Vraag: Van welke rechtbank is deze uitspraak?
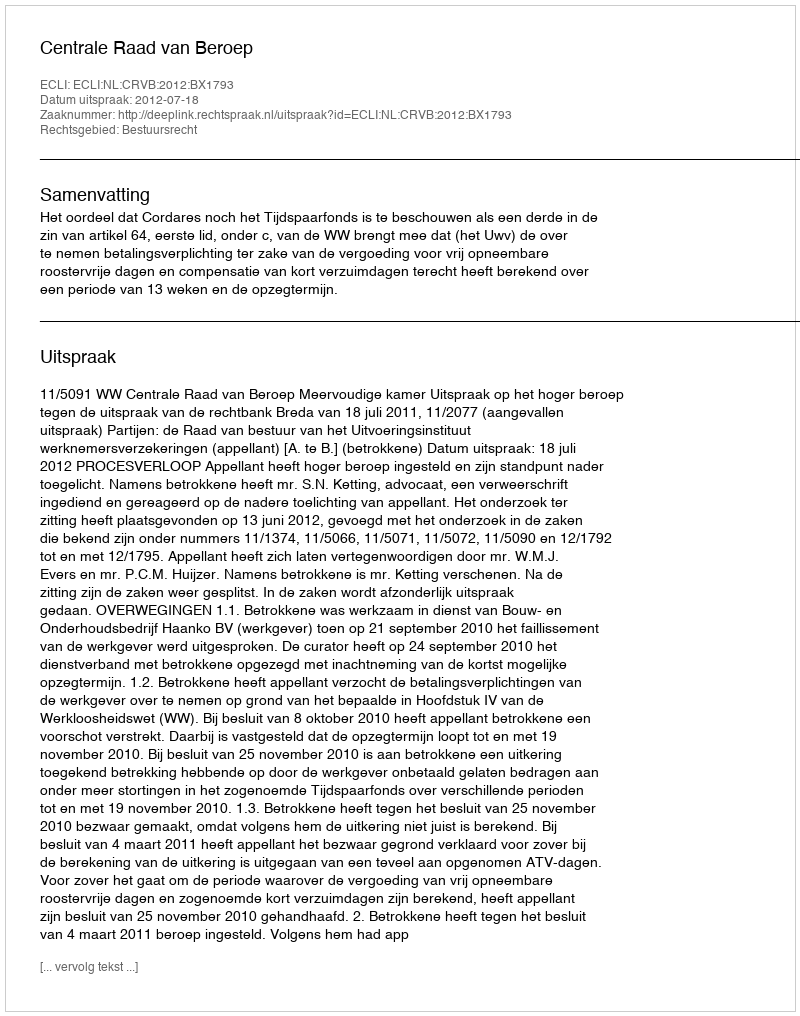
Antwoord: Centrale Raad van Beroep